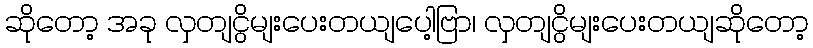
ဆိုတော့ အခု လှတျငွိမျးပေးတယျပေါ့ဗြာ၊ လှတျငွိမျးပေးတယျဆိုတော့